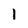
Character: l